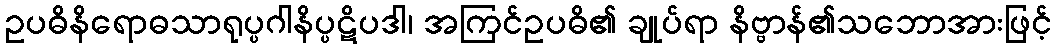
ဥပဓိနိရောဓသာရုပ္ပဂါနိပ္ပဋိပဒါ၊ အကြင်ဥပဓိ၏ ချုပ်ရာ နိဗ္ဗာန်၏သဘောအားဖြင့်